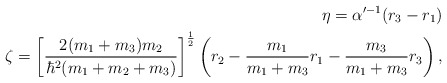
\begin{align*} \eta = \alpha'^{-1} (r_3 - r_1) \\\zeta = \left[\frac{2(m_1 +m_3) m_2}{\hbar^2 (m_1 + m_2 + m_3)} \right]^{\frac 12} \left( r_2 - \frac{m_1}{m_1+m_3} r_1 - \frac{m_3}{m_1+m_3} r_3\right) , \end{align*}